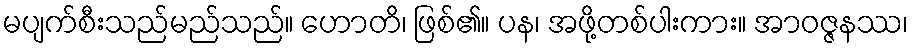
မပျက်စီးသည်မည်သည်။ ဟောတိ၊ ဖြစ်၏။ ပန၊ အဖို့တစ်ပါးကား။ အာဝဇ္ဇနဿ၊